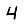
Digit: 4